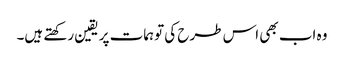
وہ اب بھی اس طرح کی توہمات پر یقین رکھتے ہیں۔